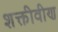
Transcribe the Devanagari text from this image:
शक्तीवीण